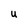
Character: u